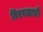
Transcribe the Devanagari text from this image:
बिरबलाची